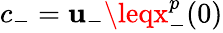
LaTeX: c_{-}=\mathbf{u}_{-}\leqx_{-}^{p}(0)